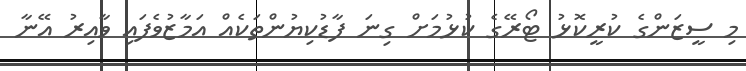
މި ސީޒަންގެ ކުރީކޮޅު ޓޯރޭގެ ކުޅުމަށް ގިނަ ފާޑުކިޔުންތަކެއް އަމާޒުވެފައި ވާއިރު އޭނާ